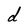
Character: d